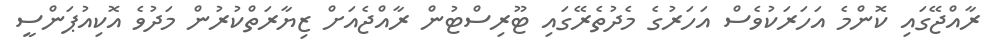
ރާއްޖޭގައި ކޮންމެ އަހަރަކުވެސް އަހަރުގެ މެދުތެރޭގައި ޓޫރިސްޓުން ރާއްޖެއަށް ޒިޔާރަތްކުރުން މަދުވެ އޮކިއުޕަންސީ